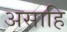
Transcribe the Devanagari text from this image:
असाहि